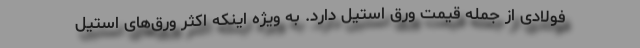
فولادی از جمله قیمت ورق استیل دارد. به ویژه اینکه اکثر ورق‌های استیل